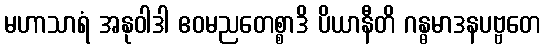
မဟာသာရံ အနုဝါဒါ ဧဝမညတေစ္စာဒိ ပိယာနီတိ ဂန္ဓမာဒနပဗ္ဗတေ